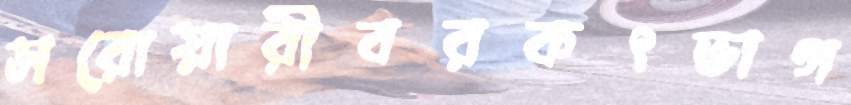
সরোয়ারীবরকৎভাগ